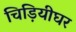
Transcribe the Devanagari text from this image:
चिड़ियीघर